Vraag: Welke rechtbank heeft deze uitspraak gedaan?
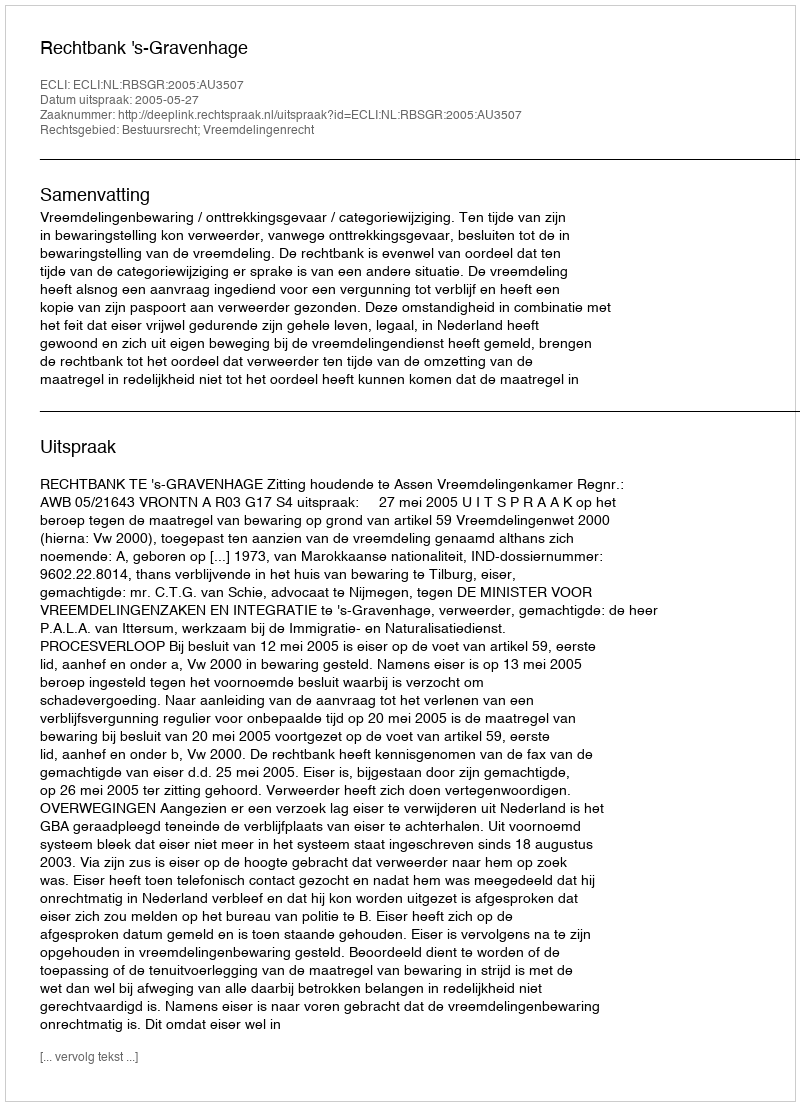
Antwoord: Rechtbank 's-Gravenhage